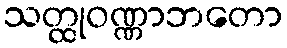
သတ္ထုဝဏ္ဏာဘတော